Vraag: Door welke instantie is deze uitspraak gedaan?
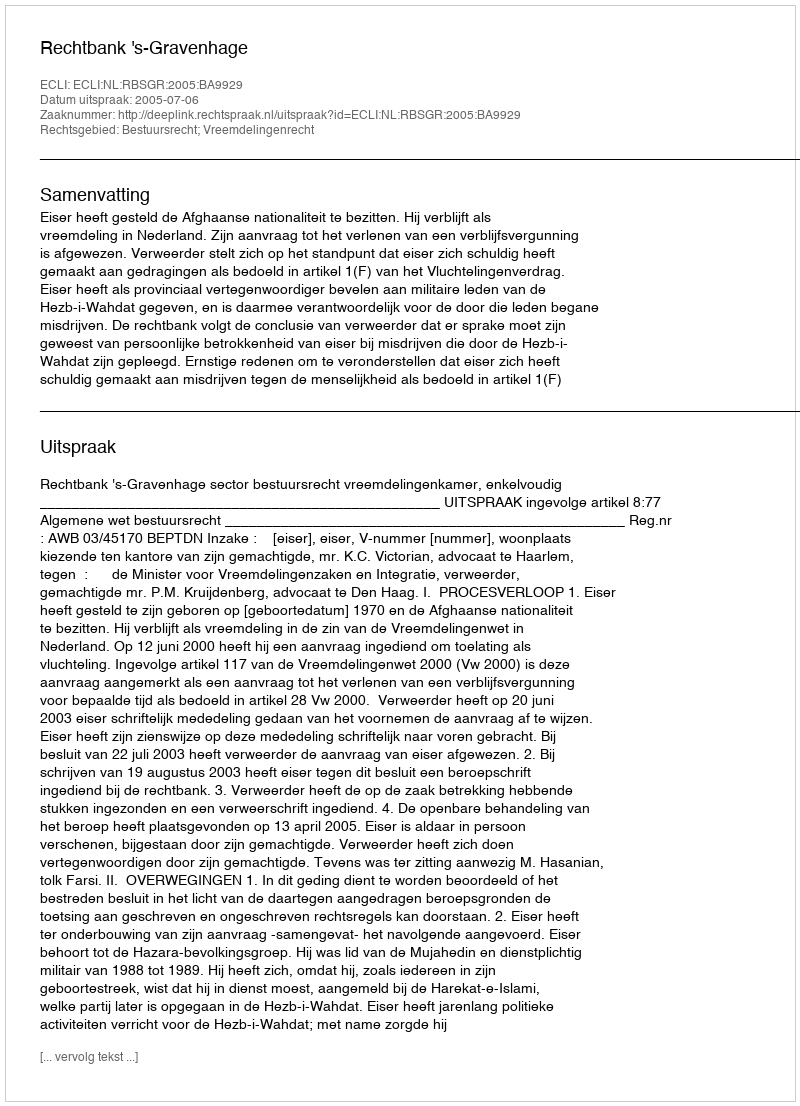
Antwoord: Rechtbank 's-Gravenhage